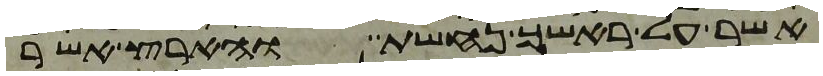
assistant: אשר על ראשך נחשת והארץ אשר